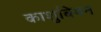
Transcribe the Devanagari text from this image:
काशुबियन